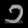
Digit: ၁